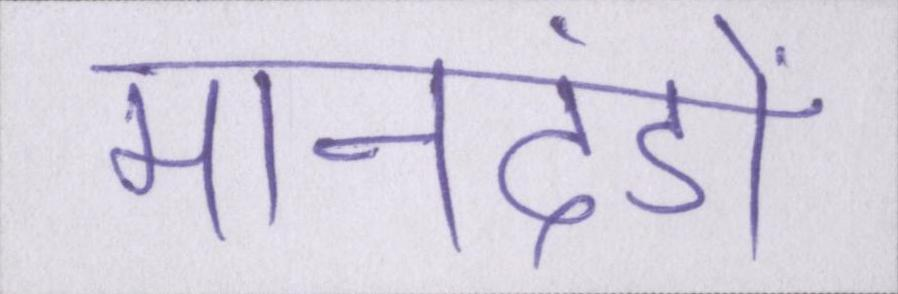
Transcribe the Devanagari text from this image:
मानदंडों